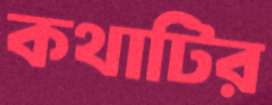
কথাটির